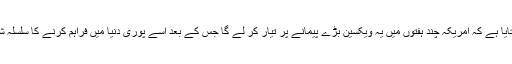
سمیع ابراہیم نے بتایا ہے کہ امریکہ چند ہفتوں میں یہ ویکسین بڑے پیمانے پر تیار کر لے گا جس کے بعد اسے پوری دنیا میں فراہم کرنے کا سلسلہ شروع ہو جائے گا۔